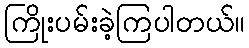
ကြိုးပမ်းခဲ့ကြပါတယ်။